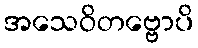
အသေဝိတဗ္ဗောပိ